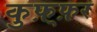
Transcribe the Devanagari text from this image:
कुफ़्फ़र